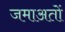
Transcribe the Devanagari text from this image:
जमाअतों